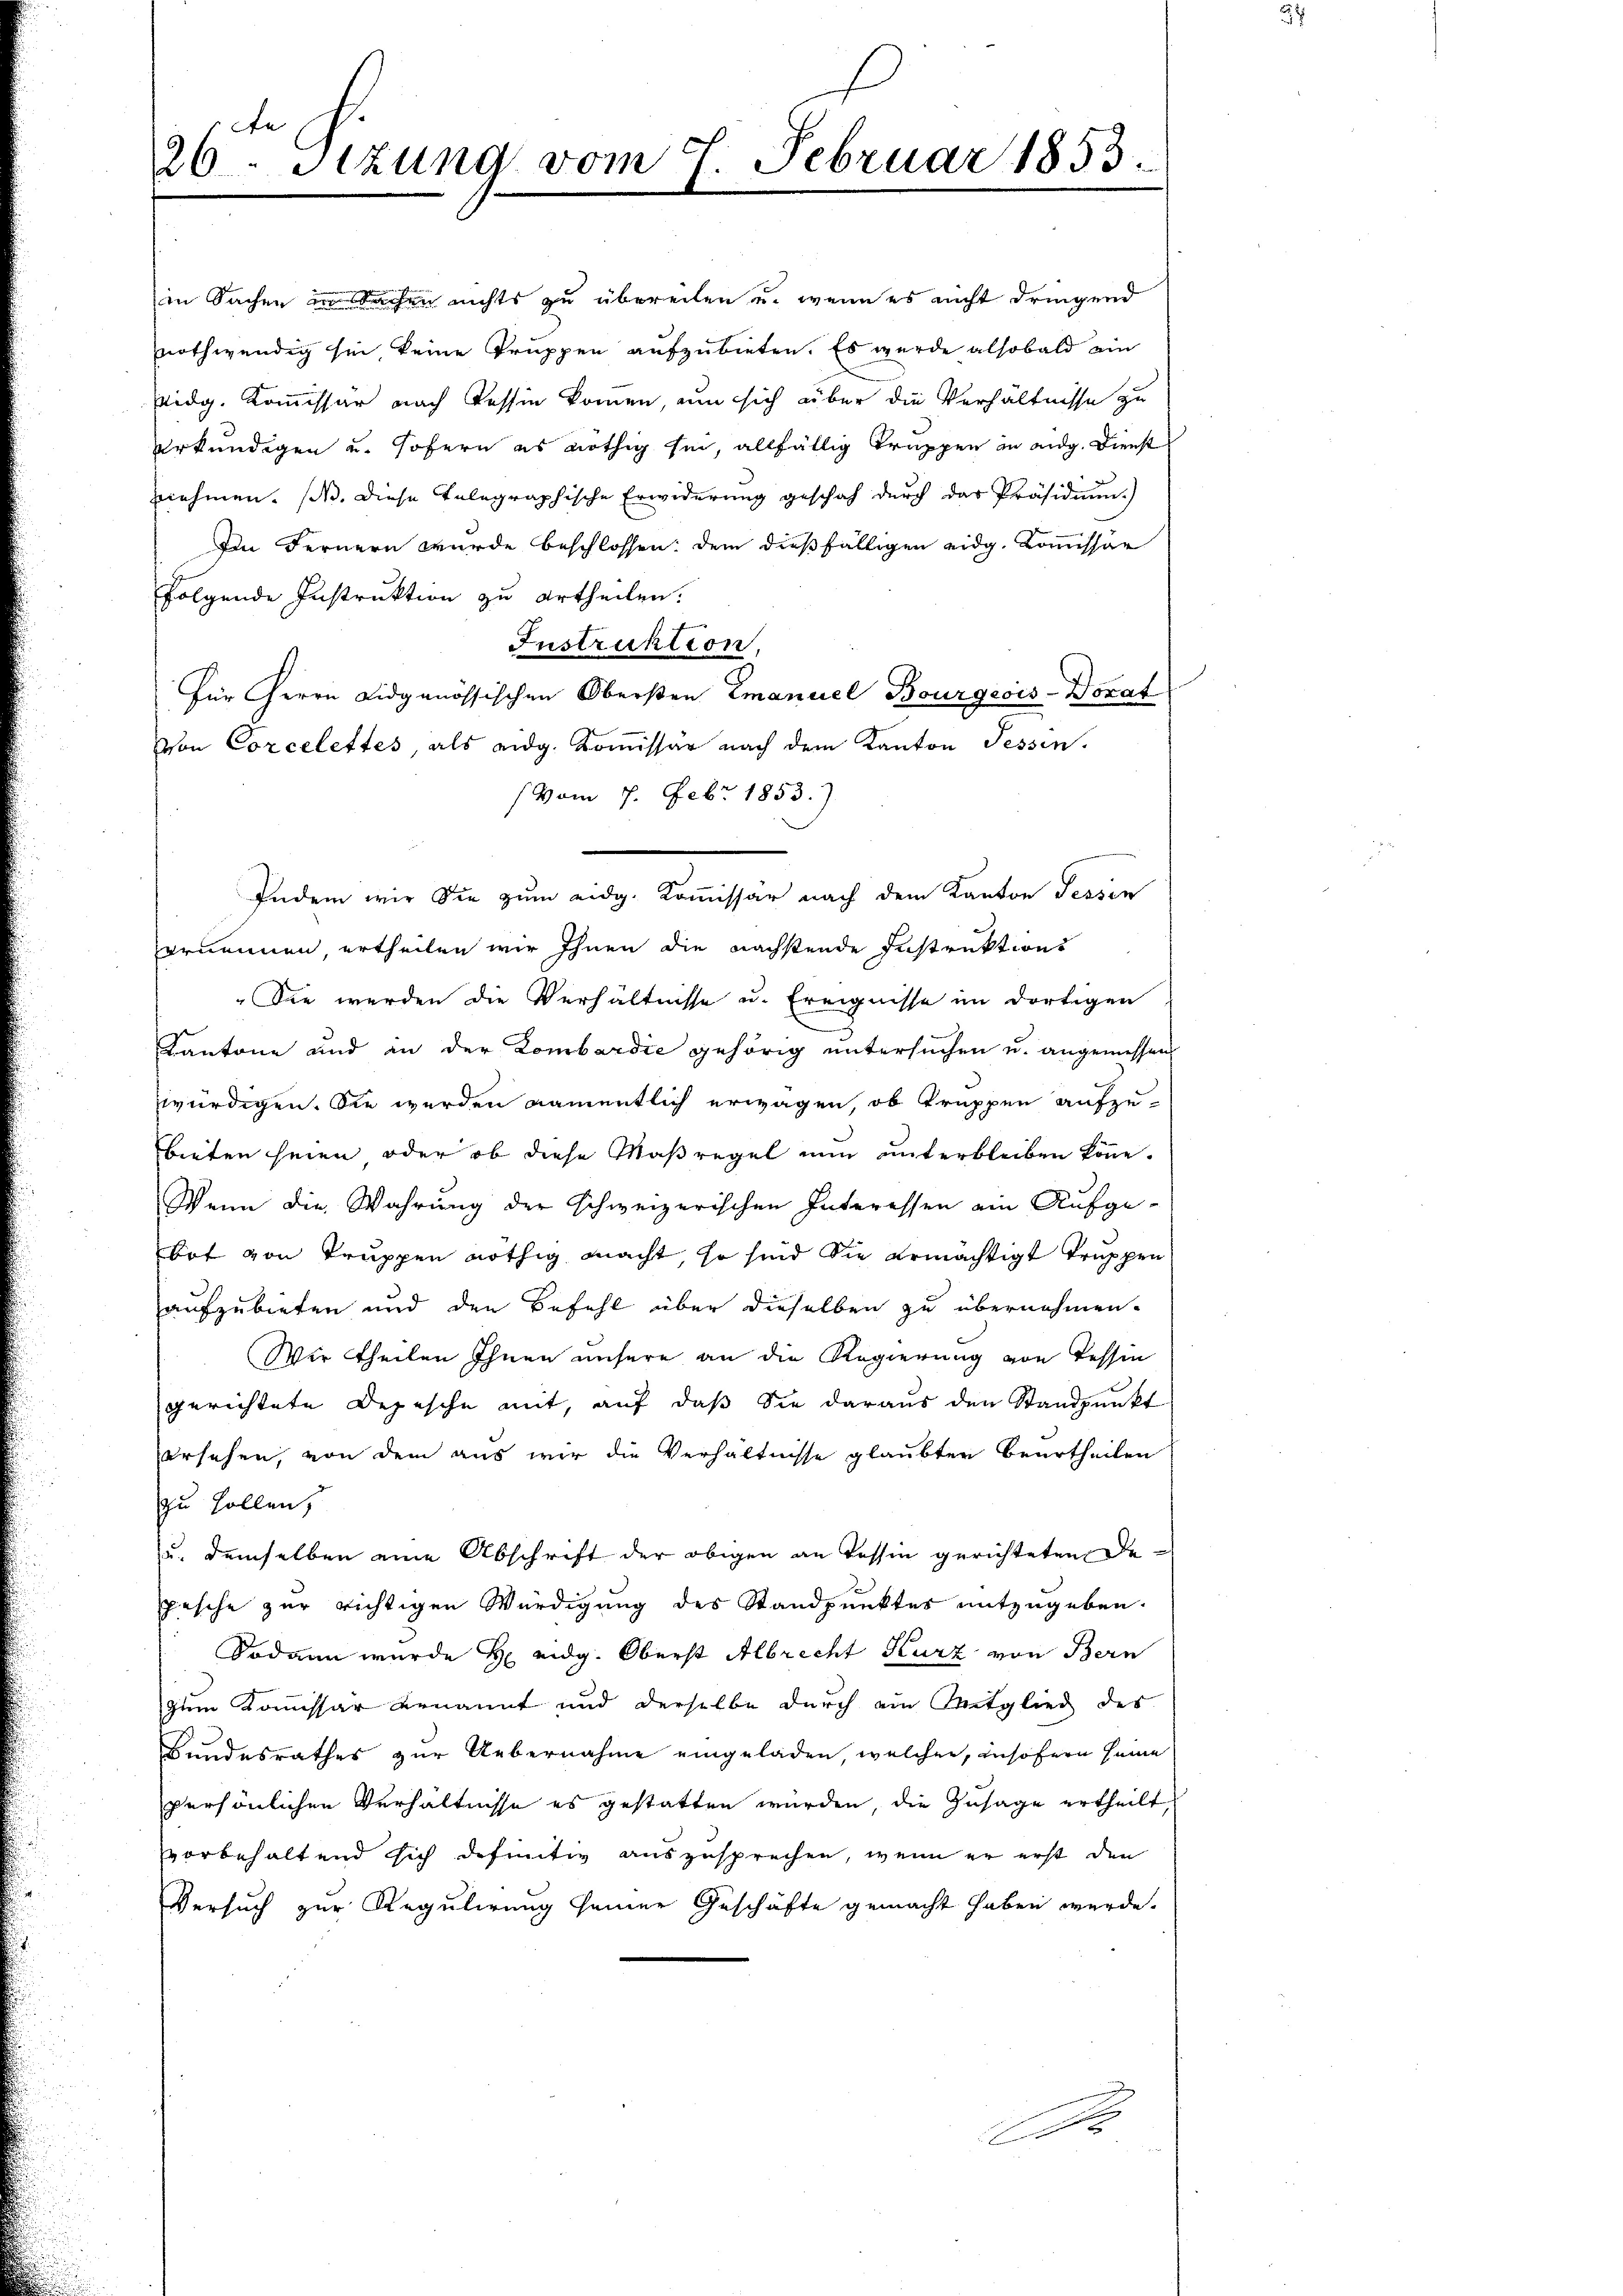
in Sachen in Sachen nichts zu übereiten u. wenn es nicht dringend
nothwendig sei, keine Truppen aufzubieten. Es wurde alsobald ein
Eidg. Kommissär nach Tessin kommen, um sich über die Verhältnisse zu
Urkundigen und sofern es nöthig sei, allfällig Trappen an eidg. Dienst
nnnehmen. (N. Diese telegraphische Erwiderung geschah durch das Präsidium.
Ien Fernern wurde beschlossen: dem dießfälligen eidg. Kommissär
folgende Instruktion zu urtheilen.
Instruktion,
Für Herrn Lidgenössischen Obersten Emanuel Bourgeois-Dorat
Von Corcelettes, als eidg. Koṁissar nach dem Kanton Fessen.
(vom 7. Febr 1853.)
Indem wir Sie zum eidg. Kommissär nach dem Kanton Tessin
Brummen, ertheilen wir Ihnen die nächstende Instruktions
Sie werden die Verhältnisse u. Ereignisse im dortigen
Kantone und in der Lombardie gehörig untersuchen u. angemessen
würdigen. Sie werden namentlich erwagen, ob Truppen aufzubieten seien oder ob diese Maßregel nun unterbleiben könne.
Wenn die Wahrung der Schweizerischen Interessen ein Aufge-
Bot von Truppen nöthig macht, so sind die ermächtigt truppen
aufzubieten und den Befehl über dieselben zu übernehmen.
Wir theilen Ihnen unsere an die Regierung von Tessin
gerichtete Depesche mit, auf daß Sie daraus den Standpunkt
ersehen, von dem aus wir die Verhältnisse glaubten Beurtheilen
zu sollen,
u. demselben eine Abschrift der obigen an Tessin gerichteten Depesche zur richtigen Würdigung des Standpunktes mitzugeben.
Sodann wurde H eidg. Oberst Albrecht Kurz von Bern
zum Kommissär benannt und derselbe durch ein Mitglied des
Bundesrathes zur Uebernahme eingeladen, welcher, insofern seine
persönlichen Verhältnisse es gestatten würden, die Zusage ertheilt,
vvorbehaltend sich definitiv auszusprechen, wenn er erst den
Versuch zur Regulirung seiner Geschäfte gemacht haben werde.

26. Stzung vom 7. Februar 1853.